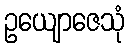
ဥယျောဇေသုံ